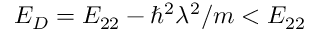
E _ { D } = E _ { 2 2 } - \hbar ^ { 2 } \lambda ^ { 2 } / m < E _ { 2 2 }